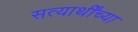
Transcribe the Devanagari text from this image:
सत्यार्थींच्या